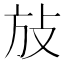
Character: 𰕆